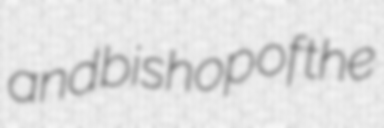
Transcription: and bishop of the